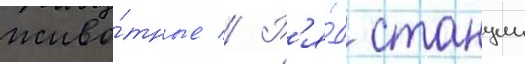
живо́тные // Р'я́д станции